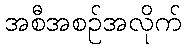
အစီအစဉ်အလိုက်